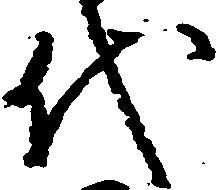
代